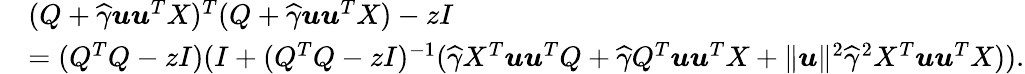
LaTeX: \begin{array}{rl}&{(Q+\widehat\gamma{\boldsymbol u}{\boldsymbol u}^{T}X)^{T}(Q+\widehat\gamma{\boldsymbol u}{\boldsymbol u}^{T}X)-zI}\\ &{=(Q^{T}Q-zI)(I+(Q^{T}Q-zI)^{-1}(\widehat\gamma X^{T}{\boldsymbol u}{\boldsymbol u}^{T}Q+\widehat\gamma Q^{T}{\boldsymbol u}{\boldsymbol u}^{T}X+\| {\boldsymbol u}\| ^{2}\widehat\gamma^{2}X^{T}{\boldsymbol u}{\boldsymbol u}^{T}X)).}\end{array}